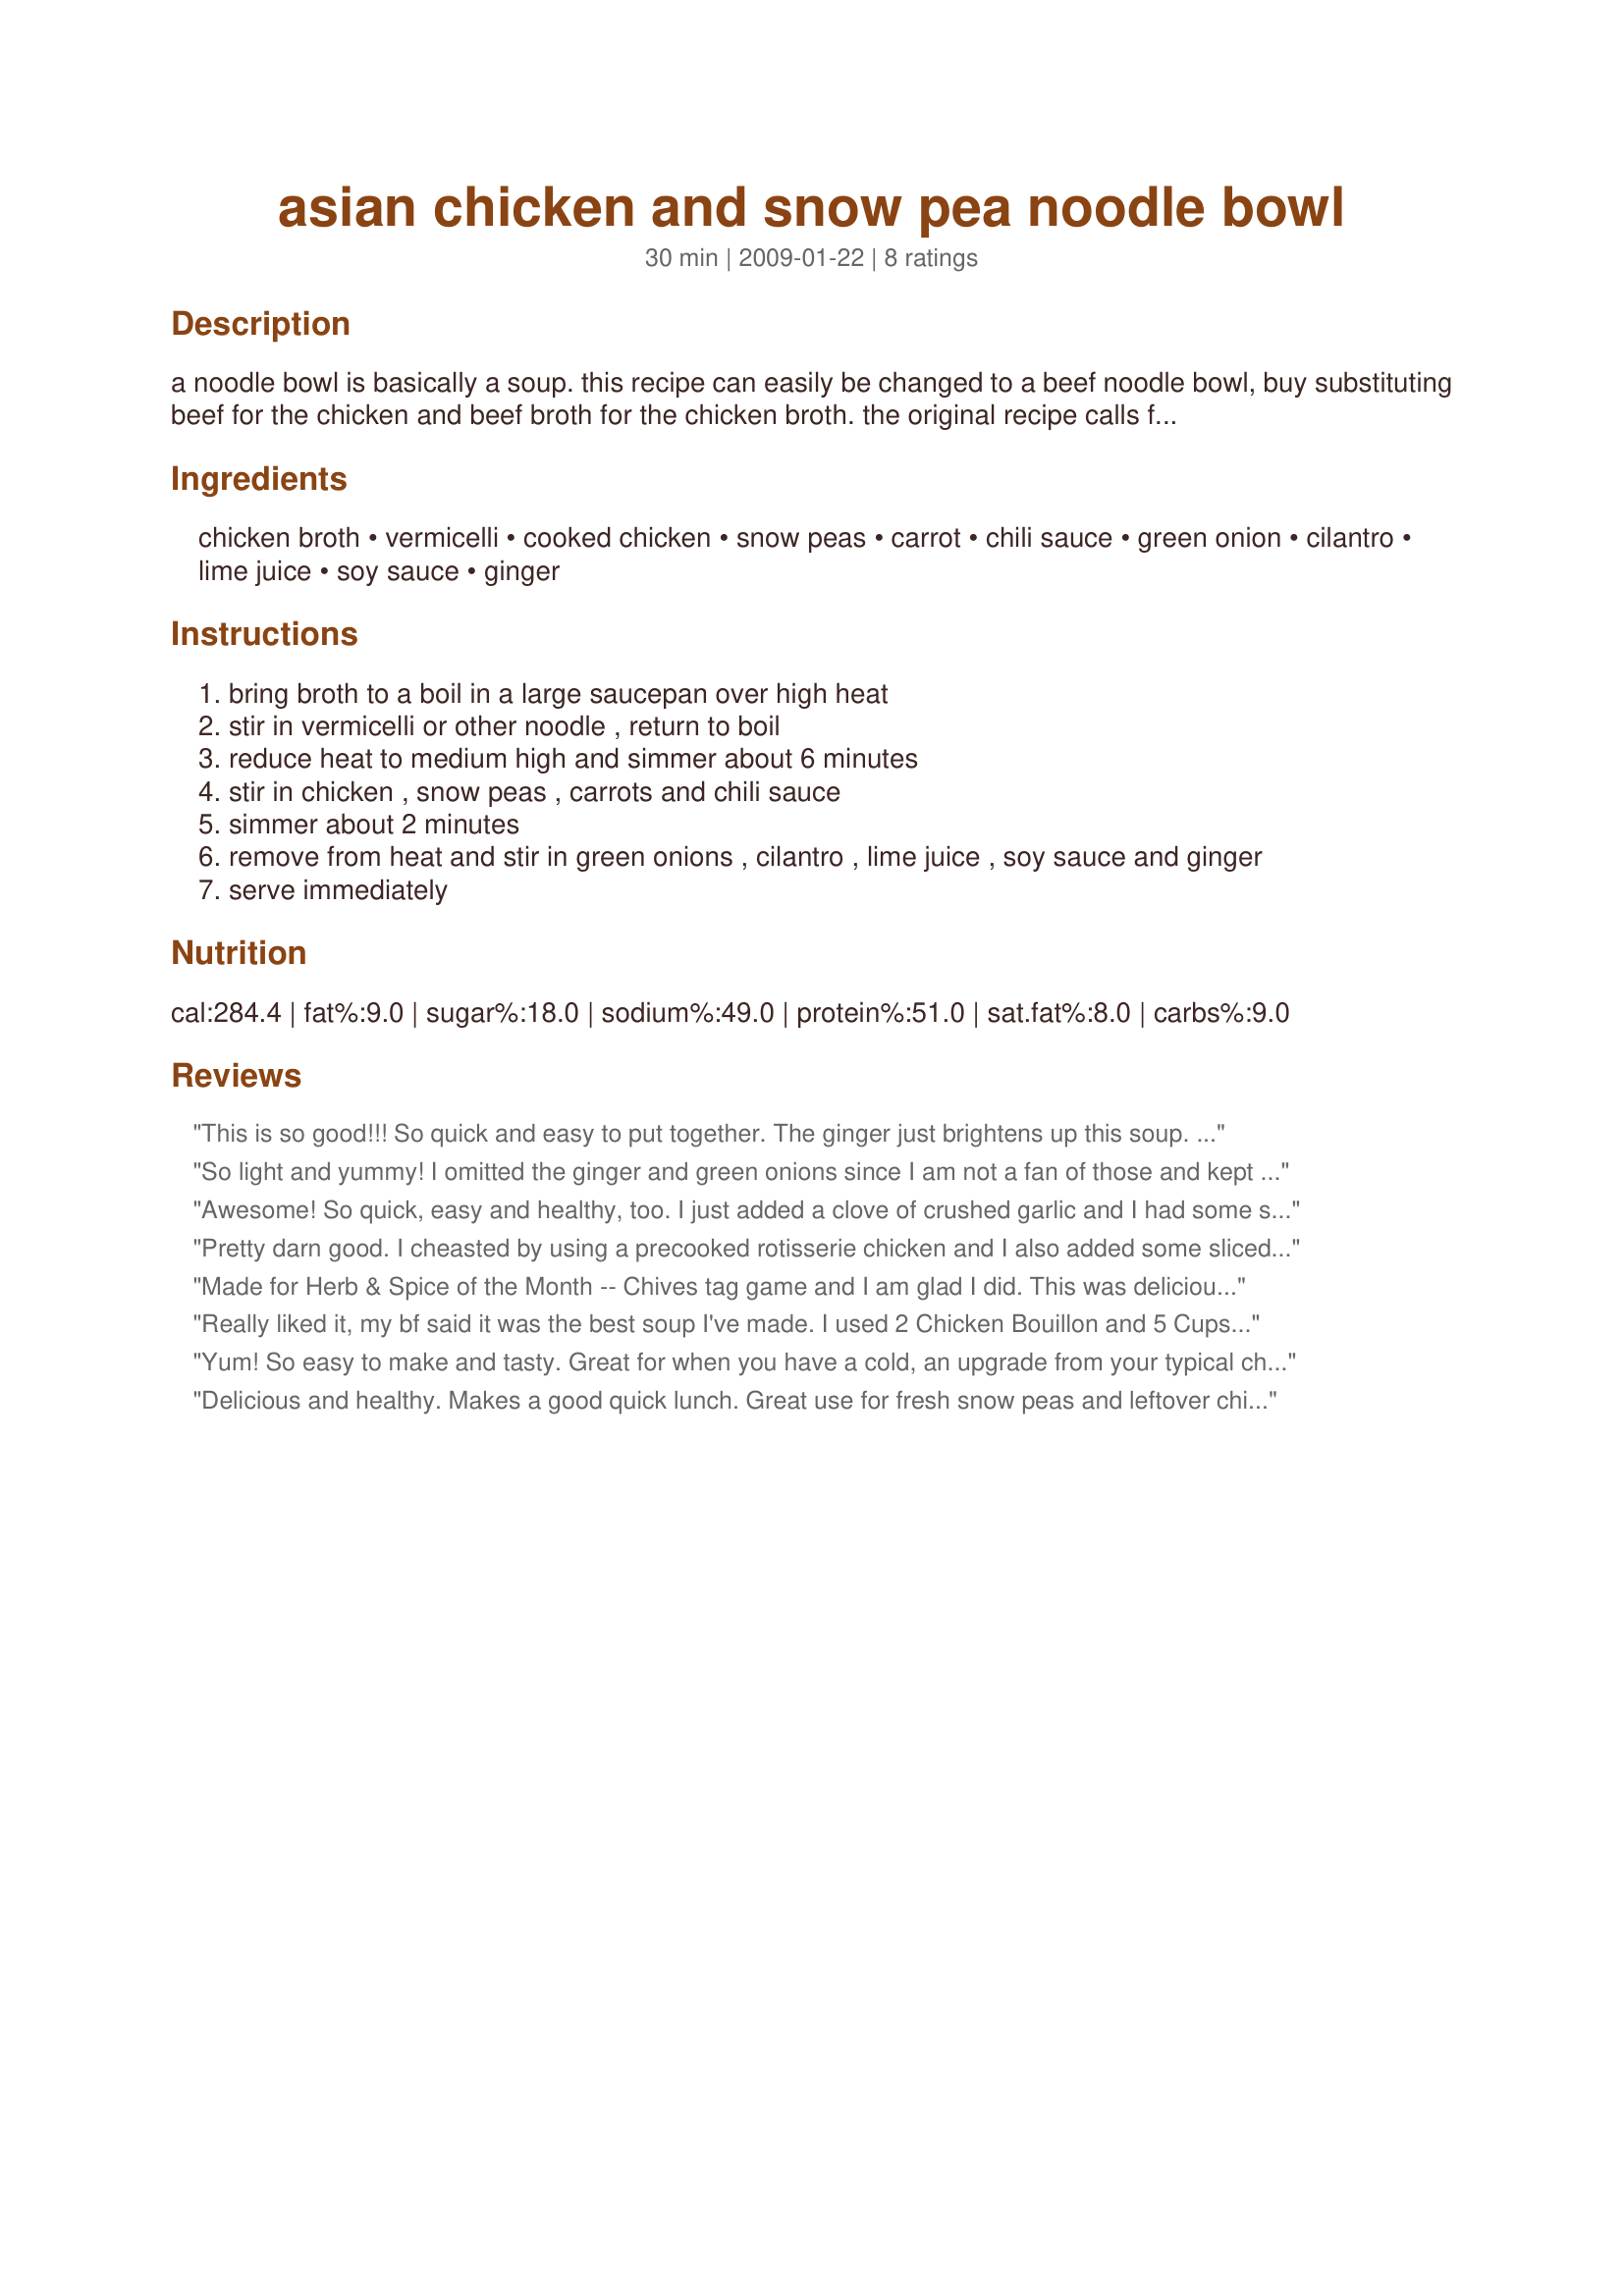
asian chicken and snow pea noodle bowl
Preparation time: 30 minutes

a noodle bowl is basically a soup. this recipe can easily be changed to a beef noodle bowl, buy substituting beef for the chicken and beef broth for the chicken broth. the original recipe calls for tofu, but i don't eat this. hard-headed, i guess. if you want it vegetarian use the tofu and vegetable broth. additional bouillon powder can be added if you like the broth more flavorful.

Ingredients:
chicken broth, vermicelli, cooked chicken, snow peas, carrot, chili sauce, green onion, cilantro, lime juice, soy sauce, ginger

Steps:
bring broth to a boil in a large saucepan over high heat
stir in vermicelli or other noodle , return to boil
reduce heat to medium high and simmer about 6 minutes
stir in chicken , snow peas , carrots and chili sauce
simmer about 2 minutes
remove from heat and stir in green onions , cilantro , lime juice , soy sauce and ginger
serve immediately

Reviews:
This is so good!!! So quick and easy to put together. The ginger just brightens up this soup. Love all the flavors. Made for ZWT 6.
So light and yummy! I omitted the ginger and green onions since I am not a fan of those and kept everything else the same. So good!
Awesome! So quick, easy and healthy, too. I just added a clove of crushed garlic and I had some shiitake mushroom caps that I sliced and added. Those shiitakes were a great addition to the soup. The lime juice added a nice touch, too. Thanx for sharing; I'll make this again.
Pretty darn good. I cheasted by using a precooked rotisserie chicken and I also added some sliced mushrooms. Not a big fan of mushrooms, but it did make a nice textural difference and besides my hubby loves them. I will definitely be making this again.
Made for Herb & Spice of the Month -- Chives tag game and I am glad I did. This was delicious!! I did add some minced garlic and button mushrooms as another reviewer did and this will definately be a regular....Thank you!
Really liked it, my bf said it was the best soup I've made.
I used 2 Chicken Bouillon and 5 Cups of Water, used Rice Stick, I cooked a chili-lime Chicken earlier in the week and used that. I used our local Caribbean Bandania or Shadon Bennie for the Cilantro plus curly parsley, 1 1/3T Lime Juice, 1 T Soy Sauce, and added some Goya Adobo and a clove of Garlic as someone else did.
Was really nice, I'm glad I finally tried it.
Yum! So easy to make and tasty. Great for when you have a cold, an upgrade from your typical chicken soup.
Delicious and healthy. Makes a good quick lunch. Great use for fresh snow peas and leftover chicken.
